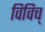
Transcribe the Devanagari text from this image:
विविच्